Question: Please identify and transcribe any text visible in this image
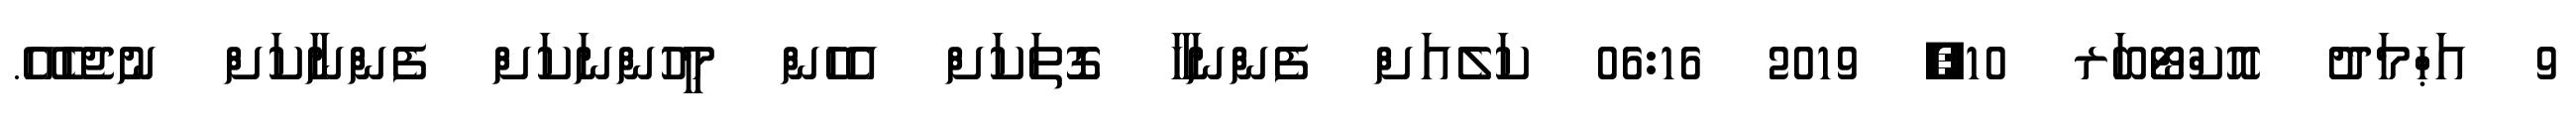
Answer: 9 އަޙްމަދު އޮކްޓޯބަރ 10, 2019 06:16 ކަލެއަށް ފެންނަހާ ގޮތަކަށް އެހެން މީހުންނަކަށް ފެންނާކަށް ނުޖެހެއޭ.